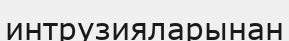
интрузияларынан